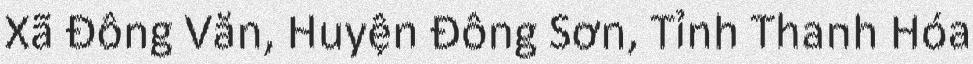
Xã Đông Văn, Huyện Đông Sơn, Tỉnh Thanh Hóa